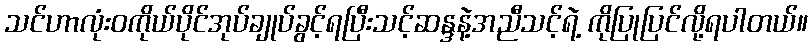
သင်ဟာလုံးဝကိုယ်ပိုင်အုပ်ချုပ်ခွင့်ရပြီးသင့်ဆန္ဒနဲ့အညီသင့်ရဲ့ ကိုပြုပြင်လို့ရပါတယ်။